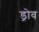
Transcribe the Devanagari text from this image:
ड्रोव